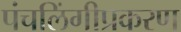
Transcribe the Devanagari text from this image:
पंचलिंगीप्रकरण